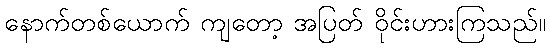
နောက်တစ်ယောက် ကျတော့ အပြတ် ဝိုင်းဟားကြသည်။